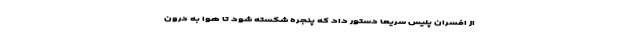
از افسران پلیس سریعاً دستور داد که پنجره شکسته شود تا هوا به درون